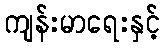
ကျန်းမာရေးနှင့်